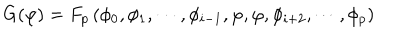
G ( \varphi ) = F _ { p } \left( \phi _ { 0 } , \phi _ { 1 } , \cdots , \phi _ { i - 1 } , \varphi , \varphi , \phi _ { i + 2 } , \cdots , \phi _ { p } \right)